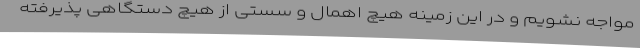
مواجه نشویم و در این زمینه هیچ اهمال و سستی‌ از هیچ دستگاهی پذیرفته